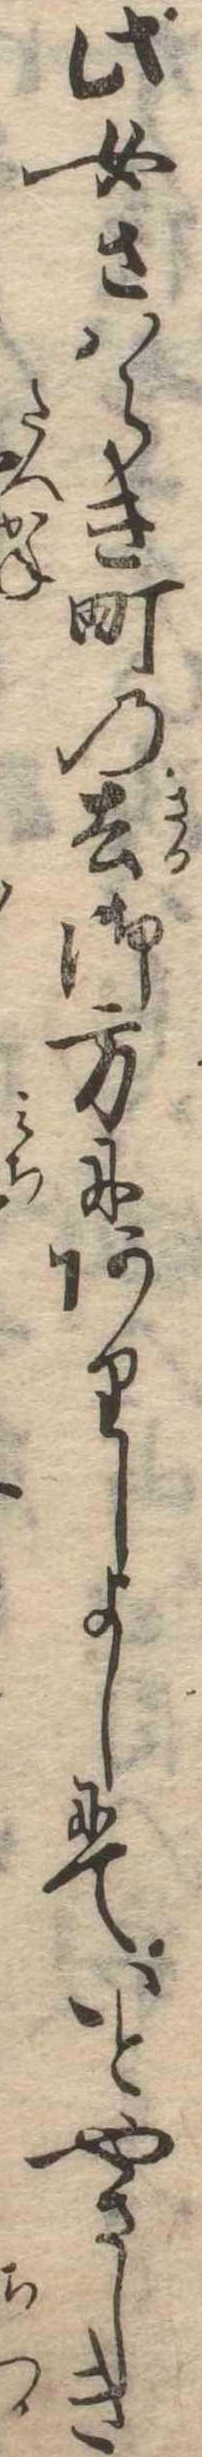
此女さはらき町の去御方にありしよしにていとやさしき